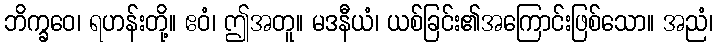
ဘိက္ခဝေ၊ ရဟန်းတို့။ ဧဝံ၊ ဤအတူ။ မဒနီယံ၊ ယစ်ခြင်း၏အကြောင်းဖြစ်သော။ အညံ၊